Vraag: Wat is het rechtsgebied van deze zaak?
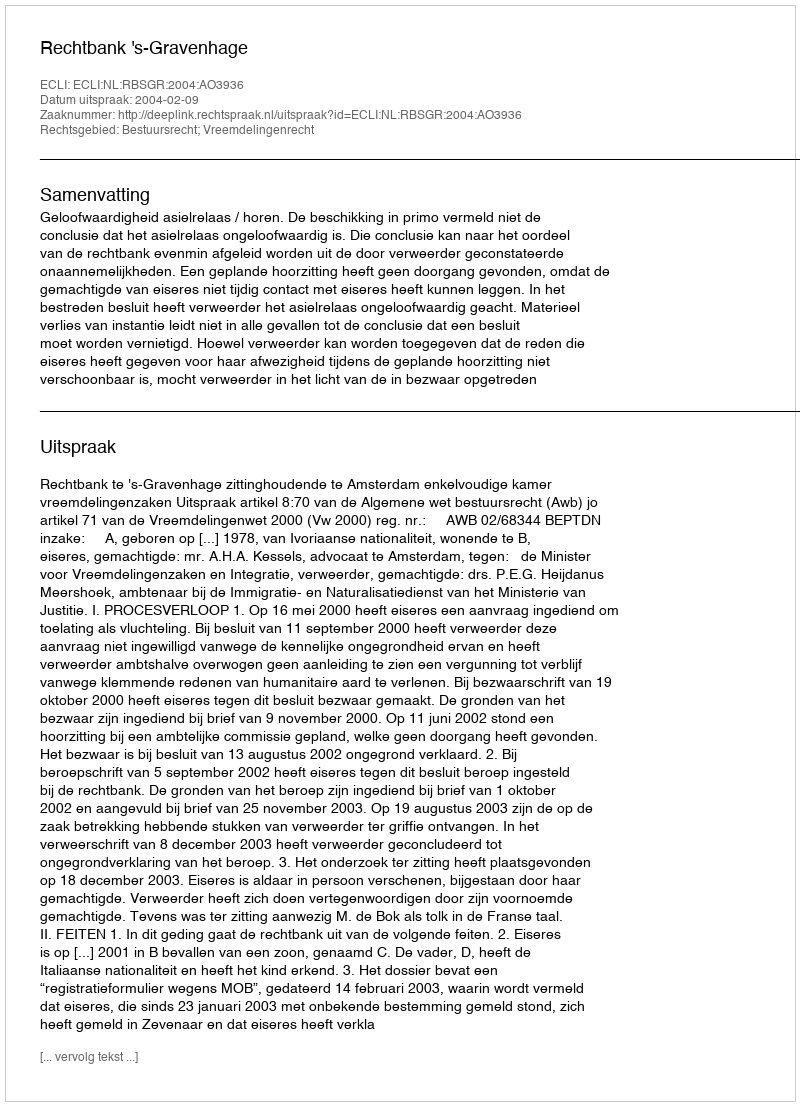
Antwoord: Bestuursrecht; Vreemdelingenrecht